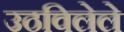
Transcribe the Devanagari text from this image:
उठविलेले